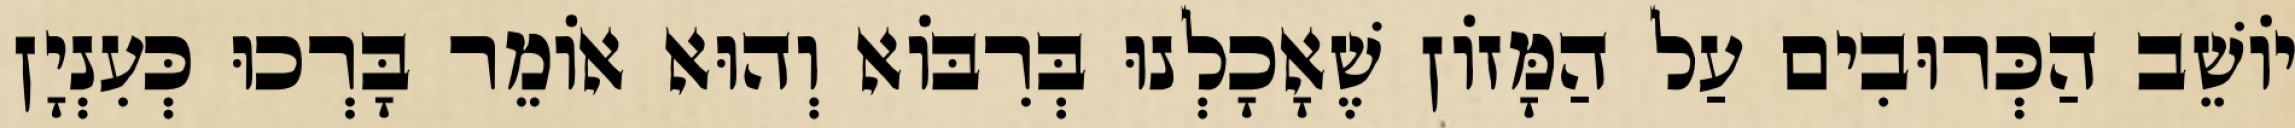
יוֹשֵׁב הַכְּרוּבִים עַל הַמָּזוֹן שֶׁאָכָלְנוּ בְּרִבּוֹא וְהוּא אוֹמֵר בָּרְכוּ כְּעִנְיָן